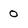
Character: o